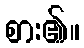
စား၏။